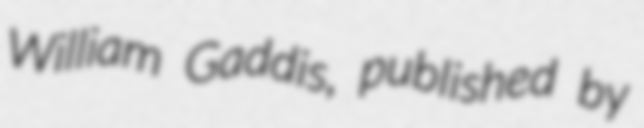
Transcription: William Gaddis, published by